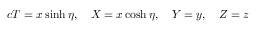
c T = x \sinh \eta , \quad X = x \cosh \eta , \quad Y = y , \quad Z = z